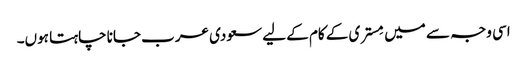
اسی وجہ سے میں مِستری کے کام کے لیے سعودی عرب جانا چاہتا ہوں۔